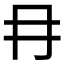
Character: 冄